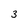
Character: 3